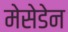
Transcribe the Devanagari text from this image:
मेसेडेन